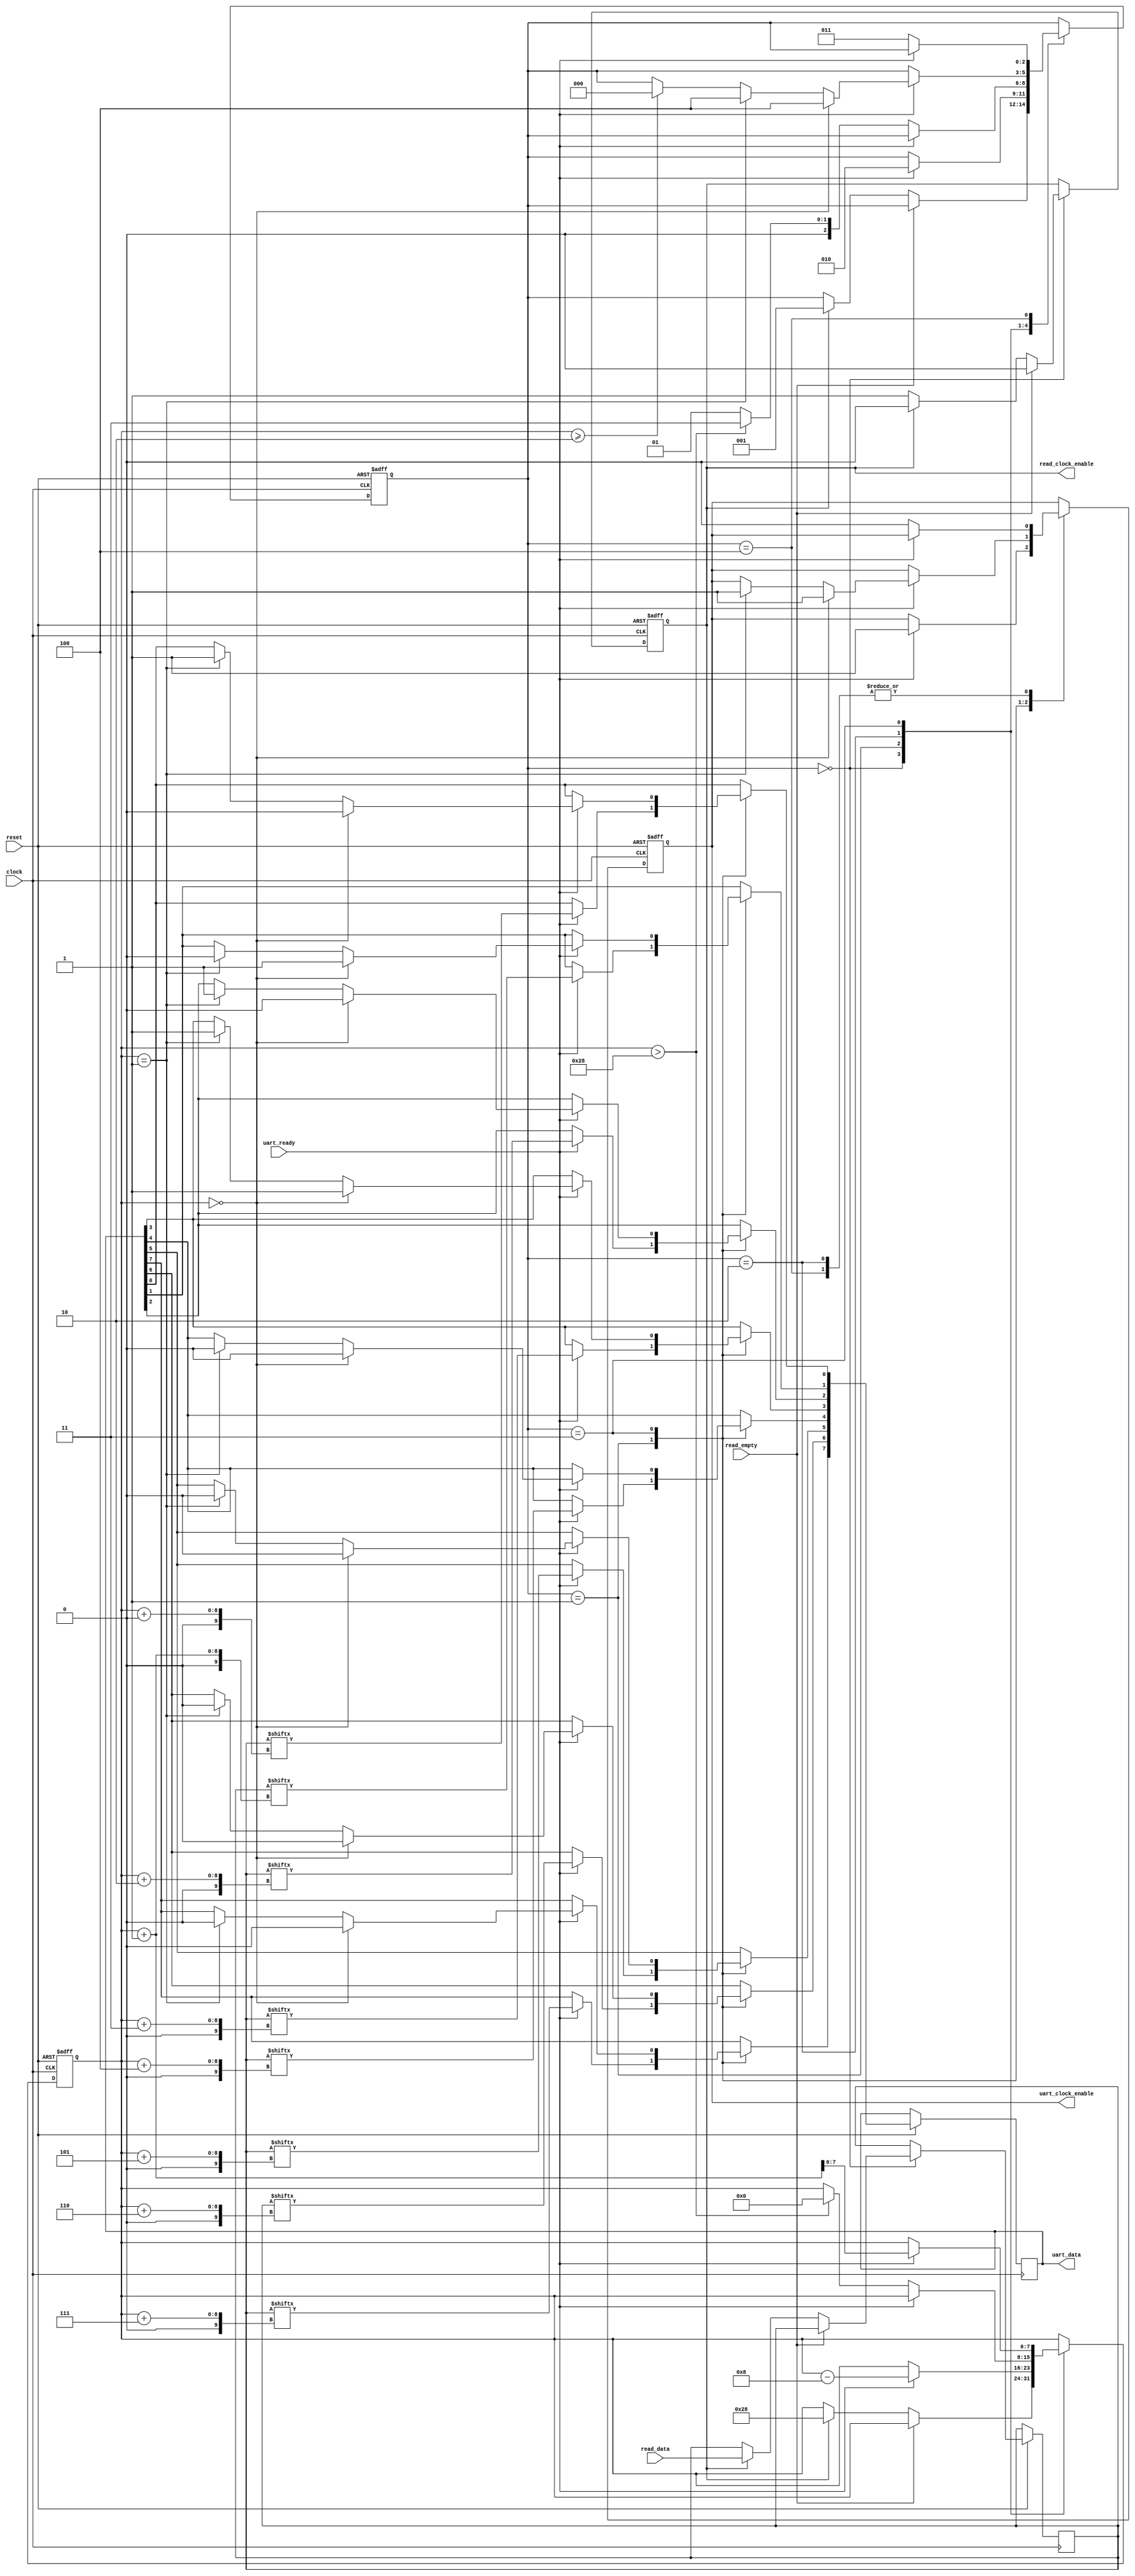
module mem2serial #(parameter AW = 8)
	(
		output reg read_clock_enable,
		input [47:0] read_data,
		input read_empty, // high is input is empty
		input reset, // active low
		input clock,

		input uart_ready,
		output reg [7:0] uart_data,
		output reg uart_clock_enable);

	parameter idle = 0, write_data = 1, wait_write_done = 2,
		write_trailer = 3, wait_write_trailer_done = 4;
	reg [2:0] state;
	reg [7:0] write_pos;
	reg [47:0] data;

	always @(negedge reset or negedge clock) begin
		if (~reset) begin
			state <= idle;
			uart_clock_enable <= 0;
			read_clock_enable <= 0;
			write_pos <= 00;
		end
		else
			case (state)
				idle: begin
					if (~read_empty)
						if (read_clock_enable) begin
							data <= read_data;
							state <= write_data;
							read_clock_enable <= 0;
							write_pos <= 40;
						end else
							read_clock_enable <= 1;
					else
						read_clock_enable <= 0;
				end
				write_data: begin
						if (uart_ready) begin
							uart_data[7] <= data[write_pos + 7];
							uart_data[6] <= data[write_pos + 6];
							uart_data[5] <= data[write_pos + 5];
							uart_data[4] <= data[write_pos + 4];
							uart_data[3] <= data[write_pos + 3];
							uart_data[2] <= data[write_pos + 2];
							uart_data[1] <= data[write_pos + 1];
							uart_data[0] <= data[write_pos + 0];
							uart_clock_enable <= 1;
							write_pos <= write_pos - 8;
							state <= wait_write_done;
						end
				end
				wait_write_done: begin
					if (~uart_ready) begin
						uart_clock_enable <= 0;
						if (write_pos > 40) begin /* overflow. finished writing */
							write_pos <= 0;
							state <= write_trailer;
						end else
							state <= write_data;
					end
				end
				write_trailer: begin
					if (uart_ready) begin
						if (write_pos == 0) begin
							uart_clock_enable <= 1;
							uart_data <= 'h0a;
							state <= wait_write_trailer_done;
						end
						else if (write_pos == 1) begin
							uart_clock_enable <= 1;
							uart_data <= 'h0d;
							state <= wait_write_trailer_done;
						end
						else if (write_pos >= 2) begin
							state <= idle;
						end

						write_pos <= write_pos + 1;
					end
				end
				wait_write_trailer_done: begin
					if (~uart_ready) begin
						uart_clock_enable <= 0;
						state <= write_trailer;
					end
				end
			endcase
	end
endmodule